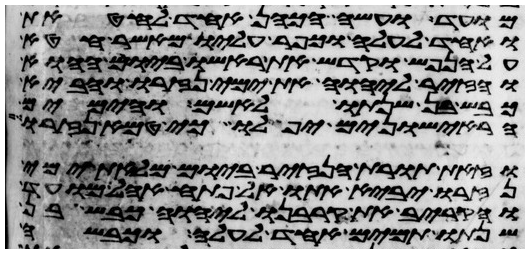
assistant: מועד ועשה הכהן אחד לחטאת
ואחד לעלה וכפר עליו מאשר חטא
על הנפש וקדש את ראשו ביום ההוא
והזיר ליהוה את ימי נזרו והביא
כבש בן שנתו לאשם והימים
הראישונים יפלו כי טמא נזרו
וזאת תורת הנזיר ביום מלאת ימי
נזרו יביא אתו אל פתח אהל מועד
והקריב את קרבנו ליהוה כבש בן
שנתו תמים אחד לעלה וכבשה